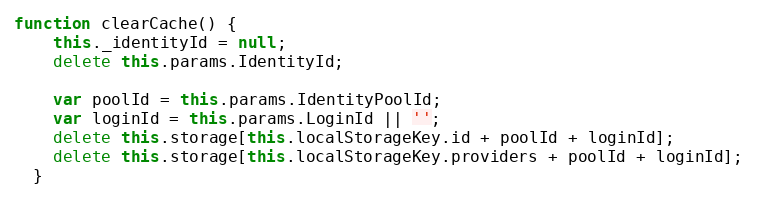
Language: JavaScript
function clearCache() {
    this._identityId = null;
    delete this.params.IdentityId;

    var poolId = this.params.IdentityPoolId;
    var loginId = this.params.LoginId || '';
    delete this.storage[this.localStorageKey.id + poolId + loginId];
    delete this.storage[this.localStorageKey.providers + poolId + loginId];
  }